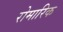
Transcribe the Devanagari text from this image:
रोमारिक